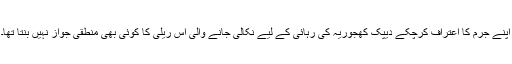
اپنے جُرم کا اعتراف کرچُکے دیپک کھجوریہ کی رہائی کے لیے نکالی جانے والی اِس ریلی کا کوئی بھی منطقی جواز نہیں بنتا تھا۔